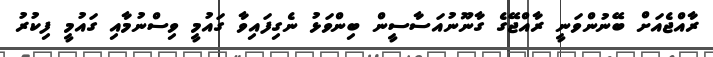
ރާއްޖެއަށް ބޭނުންވަނީ ރާއްޖޭގެ ގާނޫނުއަސާސީން ބިންވަޅު ނެގިފައިވާ ގައުމީ ވިސްނުމާއި ގައުމީ ފިކުރު